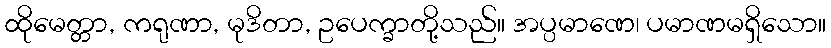
ထိုမေတ္တာ, ကရုဏာ, မုဒိတာ, ဥပေက္ခာတို့သည်။ အပ္ပမာဏေ၊ ပမာဏမရှိသော။